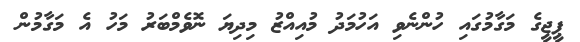
ޕީޖީގެ މަގާމުގައި ހުންނެވި އަހުމަދު މުއިއްޒު މިދިޔަ ނޮވެމްބަރު މަހު އެ މަގާމުން